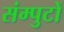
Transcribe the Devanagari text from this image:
संम्पुटों